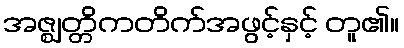
အဇ္ဈတ္တိကတိက်အဖွင့်နှင့် တူ၏။